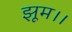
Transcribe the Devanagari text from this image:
झूम।।